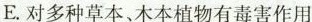
E.对多种草本、木本植物有毒害作用